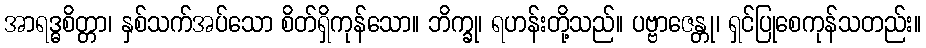
အာရဒ္ဓစိတ္တာ၊ နှစ်သက်အပ်သော စိတ်ရှိကုန်သော။ ဘိက္ခု၊ ရဟန်းတို့သည်။ ပဗ္ဗာဇေန္တု၊ ရှင်ပြုစေကုန်သတည်း။